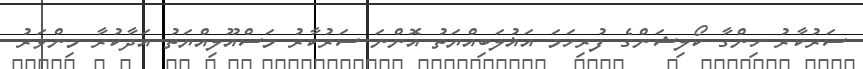
ސަރުކާރު ހިންގާ ކޯލިޝަންގެ ފުރިހަމަ އަޣުލަބިއްޔަތު އޮންނަ ސަރުކާރު މަސްއޫލިއްޔަތު އަދާކުރާ މިންވަރު